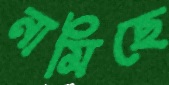
নামিছে